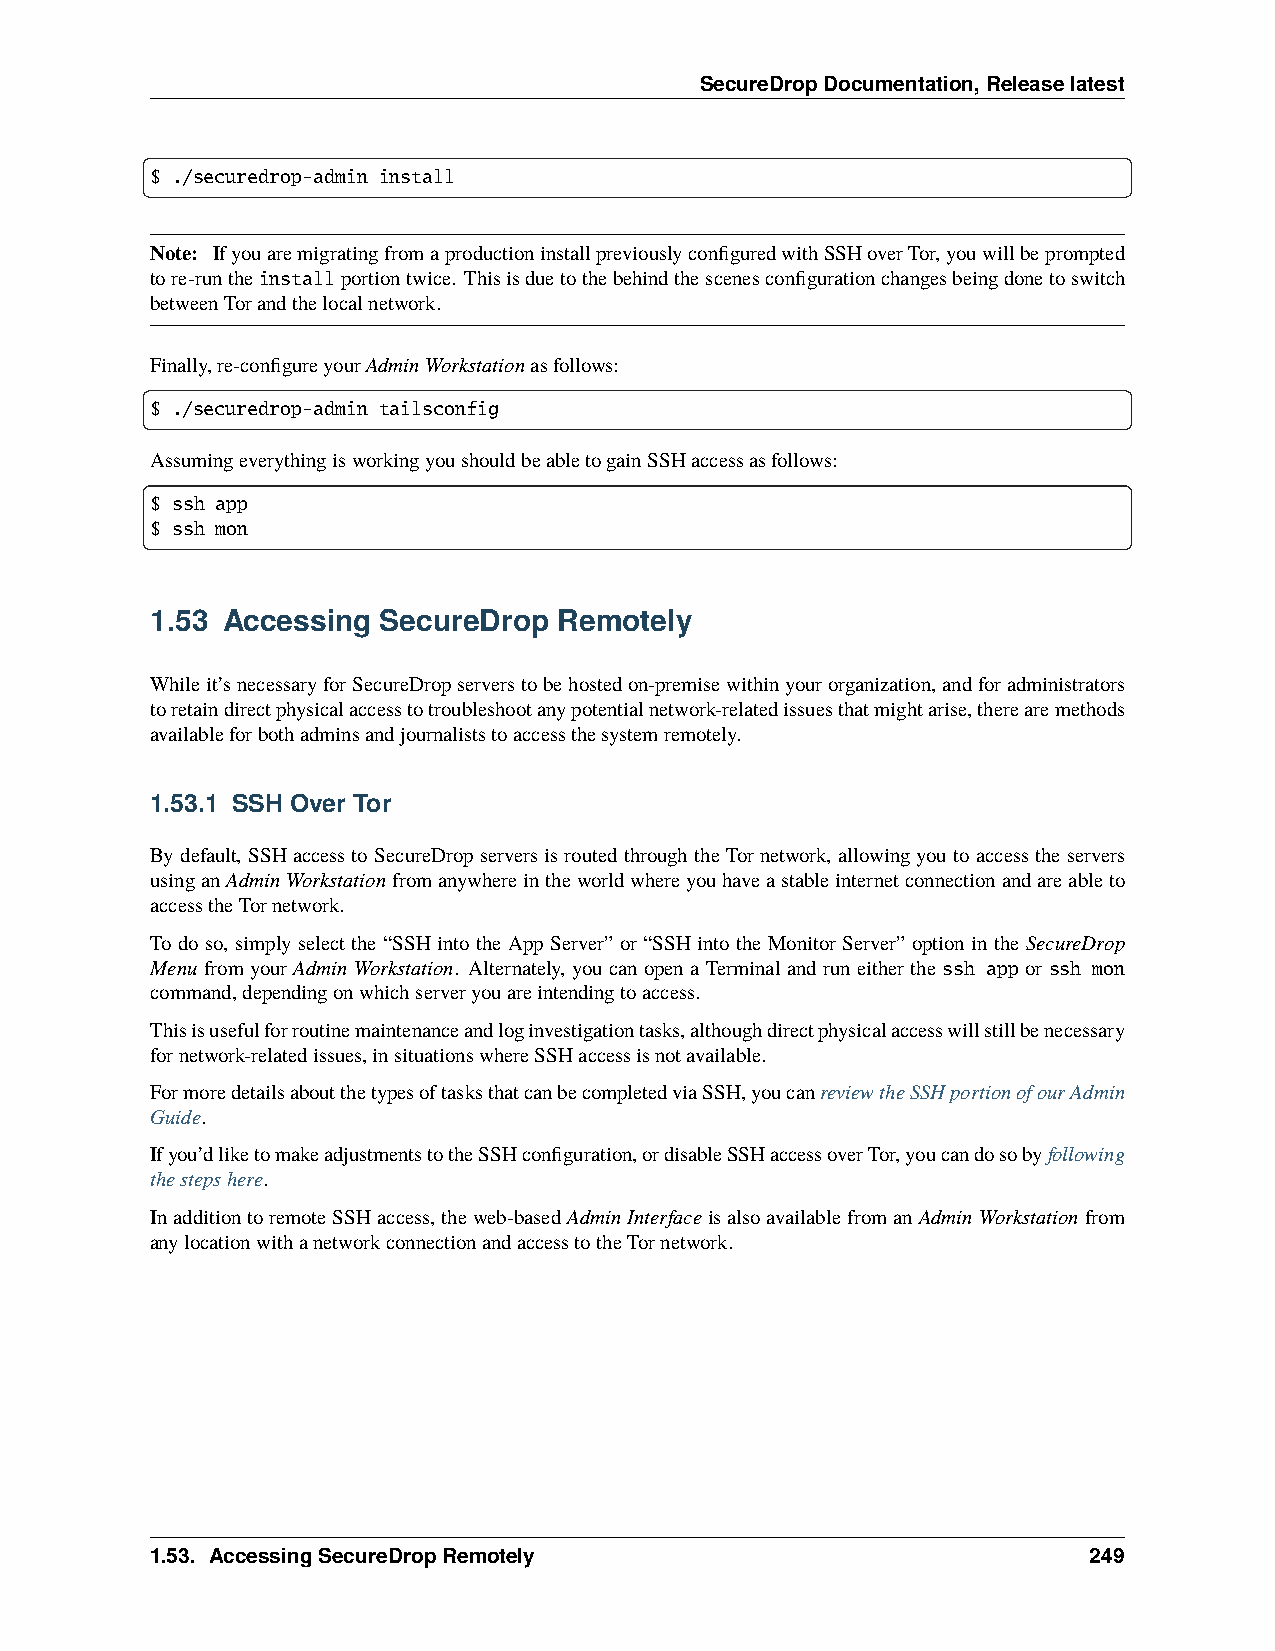
SecureDropDocumentation,Releaselatest
 $ ./securedrop-admin install
 Note: IfyouaremigratingfromaproductioninstallpreviouslyconfiguredwithSSHoverTor,youwillbeprompted
 tore-runtheinstallportiontwice. Thisisduetothebehindthescenesconfigurationchangesbeingdonetoswitch
 betweenTorandthelocalnetwork.
 Finally,re-configureyourAdminWorkstationasfollows:
 $ ./securedrop-admin tailsconfig
 AssumingeverythingisworkingyoushouldbeabletogainSSHaccessasfollows:
 $ ssh app
 $ ssh mon
 1.53 Accessing SecureDrop  Remotely
 Whileit’snecessaryforSecureDropserverstobehostedon-premisewithinyourorganization,andforadministrators
 toretaindirectphysicalaccesstotroubleshootanypotentialnetwork-relatedissuesthatmightarise,therearemethods
 availableforbothadminsandjournaliststoaccessthesystemremotely.
 1.53.1 SSH Over Tor
 Bydefault, SSHaccesstoSecureDropserversisroutedthroughtheTornetwork, allowingyoutoaccesstheservers
 usinganAdminWorkstationfromanywhereintheworldwhereyouhaveastableinternetconnectionandareableto
 accesstheTornetwork.
 To do so, simply select the “SSH into the App Server” or “SSH into the Monitor Server” option in the SecureDrop
 Menu fromyourAdminWorkstation. Alternately, youcanopenaTerminalandruneitherthe ssh appor ssh mon
 command,dependingonwhichserveryouareintendingtoaccess.
 Thisisusefulforroutinemaintenanceandloginvestigationtasks,althoughdirectphysicalaccesswillstillbenecessary
 fornetwork-relatedissues,insituationswhereSSHaccessisnotavailable.
 FormoredetailsaboutthetypesoftasksthatcanbecompletedviaSSH,youcanreviewtheSSHportionofourAdmin
 Guide.
 Ifyou’dliketomakeadjustmentstotheSSHconfiguration,ordisableSSHaccessoverTor,youcandosobyfollowing
 thestepshere.
 InadditiontoremoteSSHaccess,theweb-basedAdminInterfaceisalsoavailablefromanAdminWorkstationfrom
 anylocationwithanetworkconnectionandaccesstotheTornetwork.
 1.53. AccessingSecureDropRemotely                             249